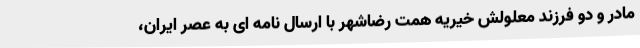
مادر و دو فرزند معلولش خیریه همت رضاشهر با ارسال نامه ای به عصر ایران،